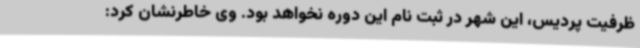
ظرفیت پردیس، این شهر در ثبت نام این دوره نخواهد بود. وی خاطرنشان کرد: